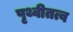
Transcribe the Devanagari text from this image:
पृथ्वीतत्व